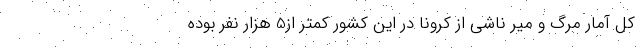
کل آمار مرگ و میر ناشی از کرونا در این کشور کمتر از5 هزار نفر بوده